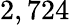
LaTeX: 2,724